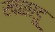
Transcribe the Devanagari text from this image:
खळाडू